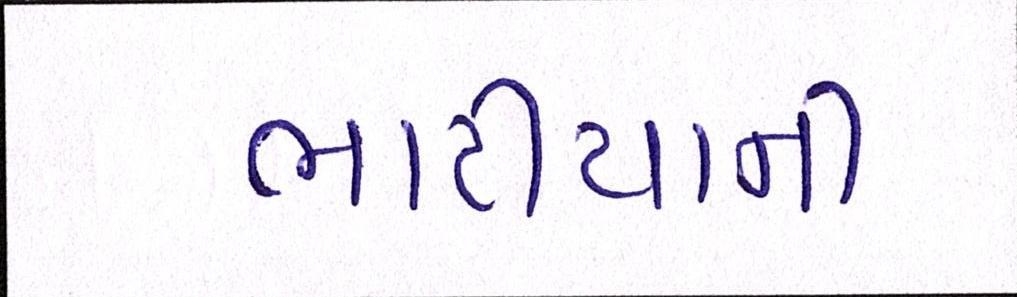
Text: ભાટીયાની